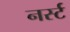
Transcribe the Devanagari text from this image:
नर्स्ट